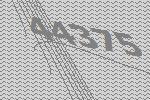
44375